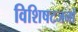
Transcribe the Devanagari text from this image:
विशिषटजनों